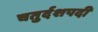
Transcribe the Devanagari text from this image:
चतुर्दशपदी